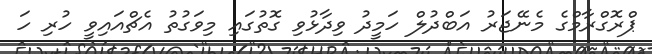
ޕްރޮގްރާމްގެ މެނޭޖަރު އަބްދުލް ހަމީދު ވިދާޅުވި ގޮތުގައި މިވަގުތު އެޗްއައިވީ ހުރި ހަ